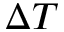
\Delta T